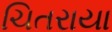
ચિતરાયા